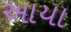
આયા